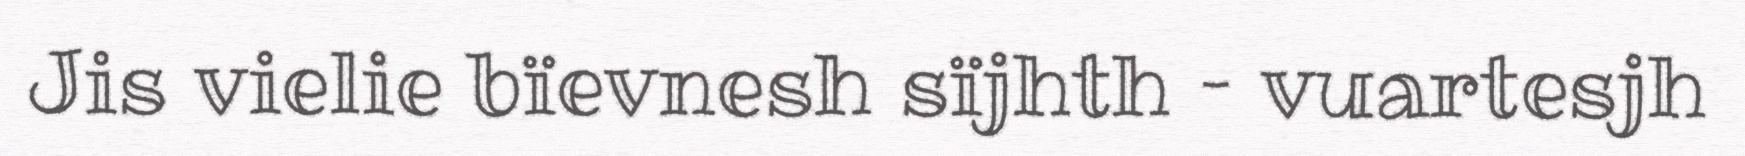
Jis vielie bïevnesh sïjhth – vuartesjh